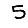
Digit: 5